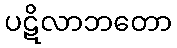
ပဋိလာဘတော